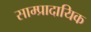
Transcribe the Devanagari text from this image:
साम्प्रादायिक